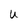
Character: U